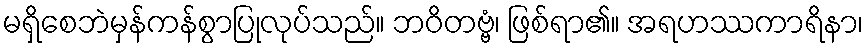
မရှိစေဘဲမှန်ကန်စွာပြုလုပ်သည်။ ဘဝိတဗ္ဗံ၊ ဖြစ်ရာ၏။ အရဟဿကာရိနာ၊